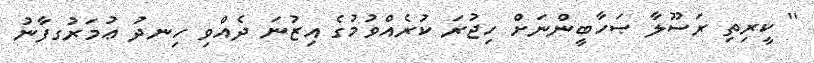
'' ކީރިތި ރަސޫލާ ޞަހާބީންނަށް ހިޖުރަ ކުރެއްވުމުގެ އިޒުނަ ދެއްވި ހިނދު ޢުމަރުގފާނު